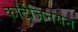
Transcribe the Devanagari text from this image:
कार्टेजिनयन